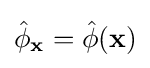
{\hat {\phi }}_{\mathbf {x} }={\hat {\phi }}(\mathbf {x} )